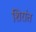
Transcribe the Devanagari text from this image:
शिरांत